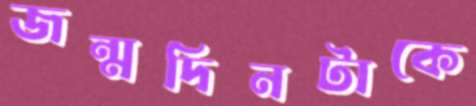
জন্মদিনটাকে